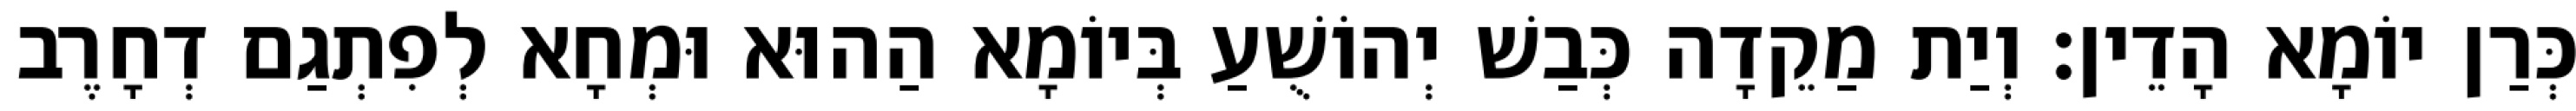
כְּרַן יוֹמָא הָדֵין׃ וְיַת מַקֵדָה כְּבַשׁ יְהוֹשֻׁעַ בְּיוֹמָא הַהוּא וּמְחָא לְפִתְגַם דְחָרֶב